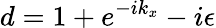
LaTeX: d=1+e^{-ik_{x}}-i\epsilon